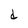
Character: d